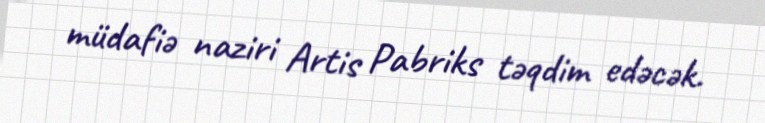
müdafiə naziri Artis Pabriks təqdim edəcək.